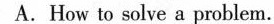
A.How to solve